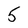
Character: 5